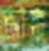
জাঙ্ক